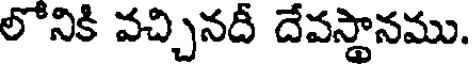
లోనికి వచ్చినదీ దేవస్థానము.